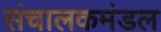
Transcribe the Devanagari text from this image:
संचालकमंडल